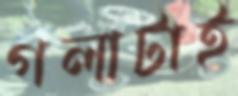
গলাটাই